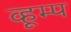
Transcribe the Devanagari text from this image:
व्हूम्प